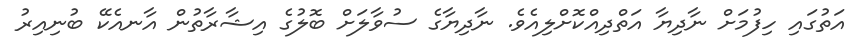
އަތުގައި ހިފުމަށް ނާދިޔާ އަތްދިއްކޮށްލިއެވެ. ނާދިޔާގެ ސުވާލަށް ބޮލުގެ އިޝާރާތުން އާނއެކޭ ބުނިއިރު